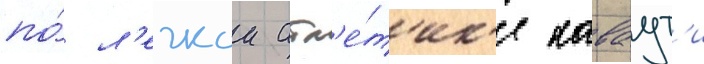
по́ л'егкои атл'е́т'ик'е каваут'и